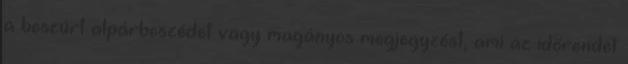
a beszúrt alpárbeszédet vagy magányos megjegyzést, ami az időrendet